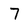
Character: 7